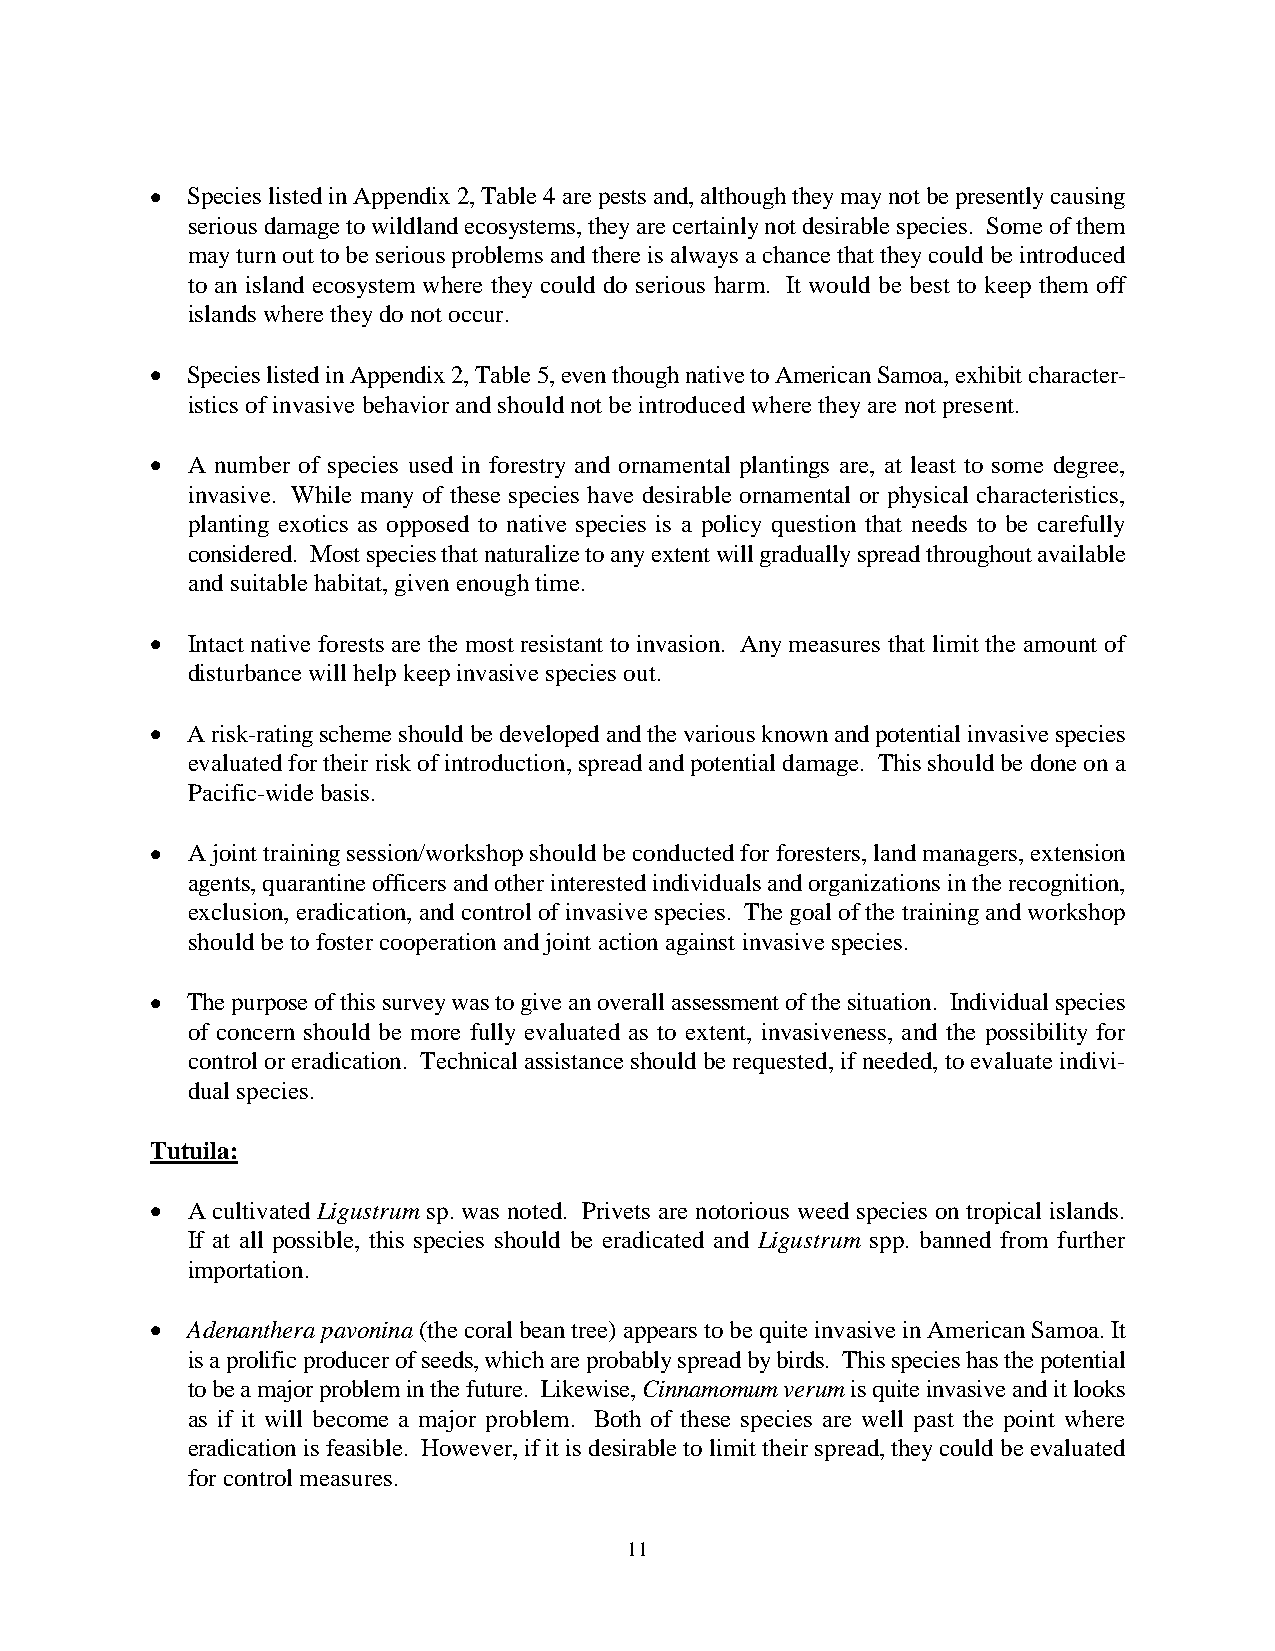
• Species listed in Appendix 2, Table 4 are pests and, although they may not be presently causing
 serious damage to wildland ecosystems, they are certainly not desirable species. Some of them
 may turn out to be serious problems and there is always a chance that they could be introduced
 to an island ecosystem where they could do serious harm. It would be best to keep them off
 islands where they do not occur.
 • Species listed in Appendix 2, Table 5, even though native to American Samoa, exhibit character-
 istics of invasive behavior and should not be introduced where they are not present.
 • A number of species used in forestry and ornamental plantings are, at least to some degree,
 invasive. While many of these species have desirable ornamental or physical characteristics,
 planting exotics as opposed to native species is a policy question that needs to be carefully
 considered. Most species that naturalize to any extent will gradually spread throughout available
 and suitable habitat, given enough time.
 • Intact native forests are the most resistant to invasion. Any measures that limit the amount of
 disturbance will help keep invasive species out.
 • A risk-rating scheme should be developed and the various known and potential invasive species
 evaluated for their risk of introduction, spread and potential damage. This should be done on a
 Pacific-wide basis.
 • A joint training session/workshop should be conducted for foresters, land managers, extension
 agents, quarantine officers and other interested individuals and organizations in the recognition,
 exclusion, eradication, and control of invasive species. The goal of the training and workshop
 should be to foster cooperation and joint action against invasive species.
 • The purpose of this survey was to give an overall assessment of the situation. Individual species
 of concern should be more fully evaluated as to extent, invasiveness, and the possibility for
 control or eradication. Technical assistance should be requested, if needed, to evaluate indivi-
 dual species.
 Tutuila:
 • A cultivated Ligustrum sp. was noted. Privets are notorious weed species on tropical islands.
 If at all possible, this species should be eradicated and Ligustrum spp. banned from further
 importation.
 • Adenanthera pavonina (the coral bean tree) appears to be quite invasive in American Samoa. It
 is a prolific producer of seeds, which are probably spread by birds. This species has the potential
 to be a major problem in the future. Likewise, Cinnamomum verum is quite invasive and it looks
 as if it will become a major problem. Both of these species are well past the point where
 eradication is feasible. However, if it is desirable to limit their spread, they could be evaluated
 for control measures.
 11